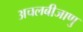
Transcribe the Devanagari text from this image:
अचलबीजाणु